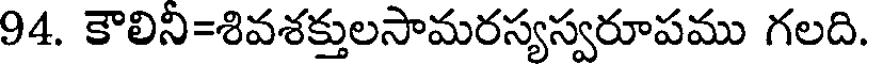
94. కౌలిని=శివశక్తులసామరస్యస్వరూపము గలది.